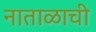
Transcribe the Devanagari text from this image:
नाताळाची